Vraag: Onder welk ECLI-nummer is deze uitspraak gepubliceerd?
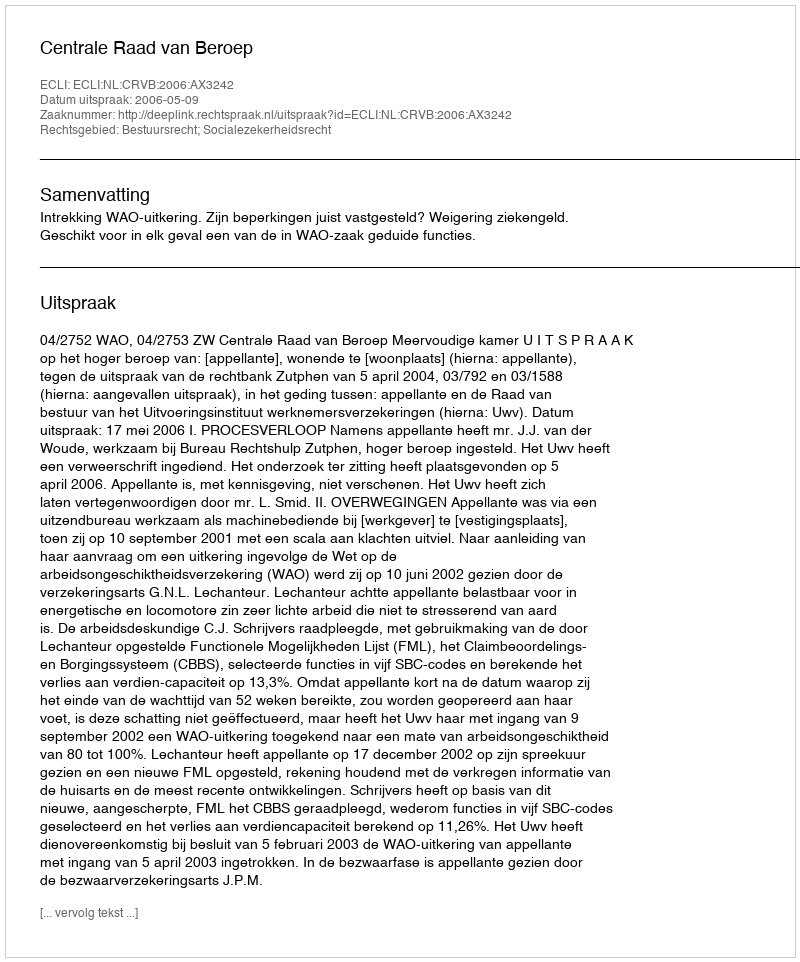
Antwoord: ECLI:NL:CRVB:2006:AX3242